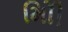
મોિી